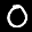
Label: 0